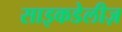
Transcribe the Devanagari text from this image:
साइकडेलीज़